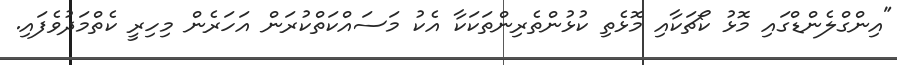
"އިންގްލެންޑްގައި މޮޅު ކޯޗަކާއި މޮޅެތި ކުޅުންތެރިންތަކަކާ އެކު މަސައްކަތްކުރަން އަހަރެން މިހިރީ ކެތްމަދުވެފައި.